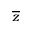
\overline { { z } }